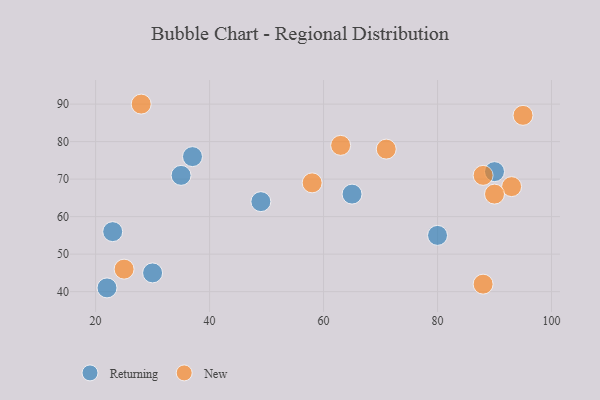
{"axis": {"x": "GDP", "y": "Life Expectancy"}, "legend": ["New", "Returning"], "data": [{"x": "23", "y": 56, "type": "Returning"}, {"x": "30", "y": 45, "type": "Returning"}, {"x": "65", "y": 66, "type": "Returning"}, {"x": "49", "y": 64, "type": "Returning"}, {"x": "90", "y": 72, "type": "Returning"}, {"x": "37", "y": 76, "type": "Returning"}, {"x": "80", "y": 55, "type": "Returning"}, {"x": "22", "y": 41, "type": "Returning"}, {"x": "35", "y": 71, "type": "Returning"}, {"x": "88", "y": 42, "type": "New"}, {"x": "95", "y": 87, "type": "New"}, {"x": "93", "y": 68, "type": "New"}, {"x": "28", "y": 90, "type": "New"}, {"x": "58", "y": 69, "type": "New"}, {"x": "63", "y": 79, "type": "New"}, {"x": "25", "y": 46, "type": "New"}, {"x": "88", "y": 71, "type": "New"}, {"x": "90", "y": 66, "type": "New"}, {"x": "71", "y": 78, "type": "New"}]}